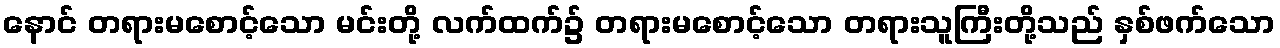
နောင် တရားမစောင့်သော မင်းတို့ လက်ထက်၌ တရားမစောင့်သော တရားသူကြီးတို့သည် နှစ်ဖက်သော